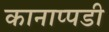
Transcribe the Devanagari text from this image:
कानाप्पडी